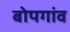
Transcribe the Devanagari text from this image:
बोपगांव